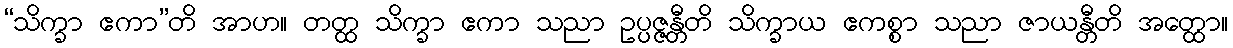
“သိက္ခာ ဧကာ”တိ အာဟ။ တတ္ထ သိက္ခာ ဧကာ သညာ ဥပ္ပဇ္ဇန္တီတိ သိက္ခာယ ဧကစ္စာ သညာ ဇာယန္တီတိ အတ္ထော။